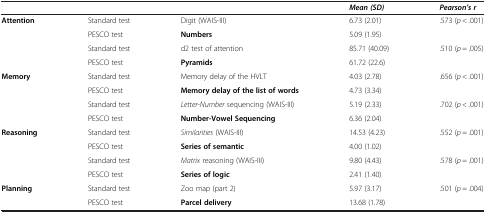
|  |  |  | Mean (SD) | Pearson’s r |
 | --- | --- | --- | --- | --- |
 | <ROWSPAN=4> Attention | Standard test | Digit (WAIS-III) | 6.73 (2.01) | <ROWSPAN=2> .573 (p < .001) |
 | PESCO test | Numbers | 5.09 (1.95) |
 | Standard test | d2 test of attention | 85.71 (40.09) | <ROWSPAN=2> .510 (p = .005) |
 | PESCO test | Pyramids | 61.72 (22.6) |
 | <ROWSPAN=4> Memory | Standard test | Memory delay of the HVLT | 4.03 (2.78) | <ROWSPAN=2> .656 (p < .001) |
 | PESCO test | Memory delay of the list of words | 4.73 (3.34) |
 | Standard test | Letter-Number sequencing (WAIS-III) | 5.19 (2.33) | <ROWSPAN=2> .702 (p < .001) |
 | PESCO test | Number-Vowel Sequencing | 6.36 (2.04) |
 | <ROWSPAN=4> Reasoning | Standard test | Similarities (WAIS-III) | 14.53 (4.23) | <ROWSPAN=2> .552 (p = .001) |
 | PESCO test | Series of semantic | 4.00 (1.02) |
 | Standard test | Matrix reasoning (WAIS-III) | 9.80 (4.43) | <ROWSPAN=2> .578 (p = .001) |
 | PESCO test | Series of logic | 2.41 (1.40) |
 | Planning | Standard test | Zoo map (part 2) | 5.97 (3.17) | .501 (p = .004) |
 |  | PESCO test | Parcel delivery | 13.68 (1.78) |  |